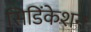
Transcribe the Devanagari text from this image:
सिडिंकेशन